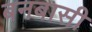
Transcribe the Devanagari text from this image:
बनबासी